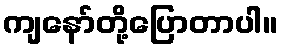
ကျနော်တို့ပြောတာပါ။